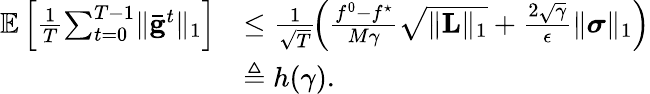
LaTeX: \begin{array}{rl}{\mathbb{E}\left[\frac{1}{T}\! \sum_{t=0}^{T-1}\lVert\bar{\mathbf{g}}^{t}\rVert_{1}\right]}&{\leq\frac{1}{\sqrt{T}}\! \left(\frac{f^{0}-f^{\star}}{M\gamma}\sqrt{\lVert\mathbf{L}\rVert_{1}}+\frac{2\sqrt{\gamma}}{\epsilon}\lVert\boldsymbol{\sigma}\rVert_{1}\right)}\\ &{\triangleq h(\gamma).}\end{array}